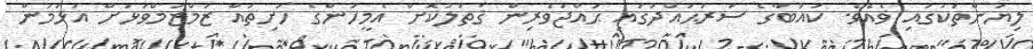
ލިޔުންތަކުގައި ވެއެވެ. ކައުބާގެ ސަރަޙައްދުގައި ޙައްޖުވެރިން ޤަތުލުކޮށް އެމީހުންގެ ހަށިތައް ޒަމްޒަމްވަޅަށް އަޅަމުން